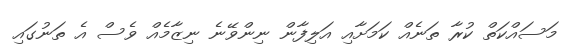
މަސައްކަތް ކުރާ ތަނެއް ކަމަށާއި އަލިފާން ނިންވޭނެ ނިޒާމެއް ވެސް އެ ތަނުގައި